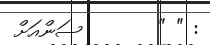
: " "       ސަންއަށް